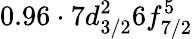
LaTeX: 0.96\cdot 7d_{3/2}^{2}6f_{7/2}^{5}